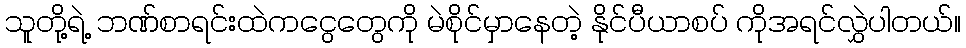
သူတို့ရဲ့ ဘဏ်စာရင်းထဲကငွေတွေကို မဲစိုင်မှာနေတဲ့ နိုင်ပီယာစပ် ကိုအရင်လွှဲပါတယ်။